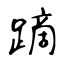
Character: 蹢